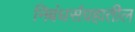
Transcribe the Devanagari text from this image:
निबंधसंग्रहातील